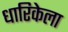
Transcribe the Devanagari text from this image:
धारिकेला